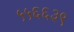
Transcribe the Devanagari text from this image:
५५६६३९